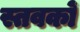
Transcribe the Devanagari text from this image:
स्तवकों